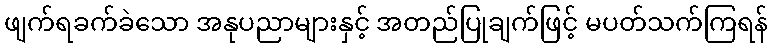
ဖျက်ရခက်ခဲသော အနုပညာများနှင့် အတည်ပြုချက်ဖြင့် မပတ်သက်ကြရန်